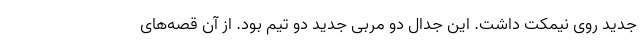
جدید روی نیمکت داشت. این جدال دو مربی جدید دو تیم بود. از آن قصه‌های